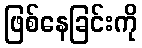
ဖြစ်နေခြင်းကို